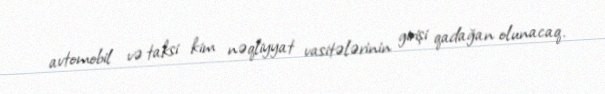
avtomobil və taksi kim nəqliyyat vasitələrinin girişi qadağan olunacaq.